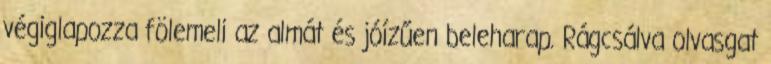
végiglapozza fölemeli az almát és jóízűen beleharap. Rágcsálva olvasgat